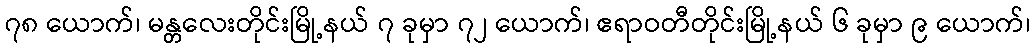
၇၈ ယောက်၊ မန္တလေးတိုင်းမြို့နယ် ၇ ခုမှာ ၇၂ ယောက်၊ ဧရာဝတီတိုင်းမြို့နယ် ၆ ခုမှာ ၉ ယောက်၊